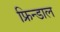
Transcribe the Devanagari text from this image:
फ्रिन्डाल